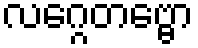
လဂ္ဂေတဗ္ဗော